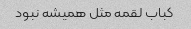
کباب لقمه مثل همیشه نبود